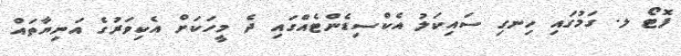
ފޮޓޯ ލ. ގަމުގައި ހިނގި ސައިކަލު އެކްސިޑެންޓެއްގައި ދެ މީހަކަށް އެކިވަރުގެ އަނިޔާތައް